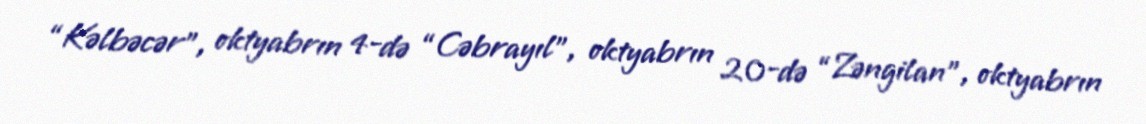
“Kəlbəcər”, oktyabrın 4-də “Cəbrayıl”, oktyabrın 20-də “Zəngilan”, oktyabrın